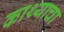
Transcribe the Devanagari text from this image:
काथ्याचा